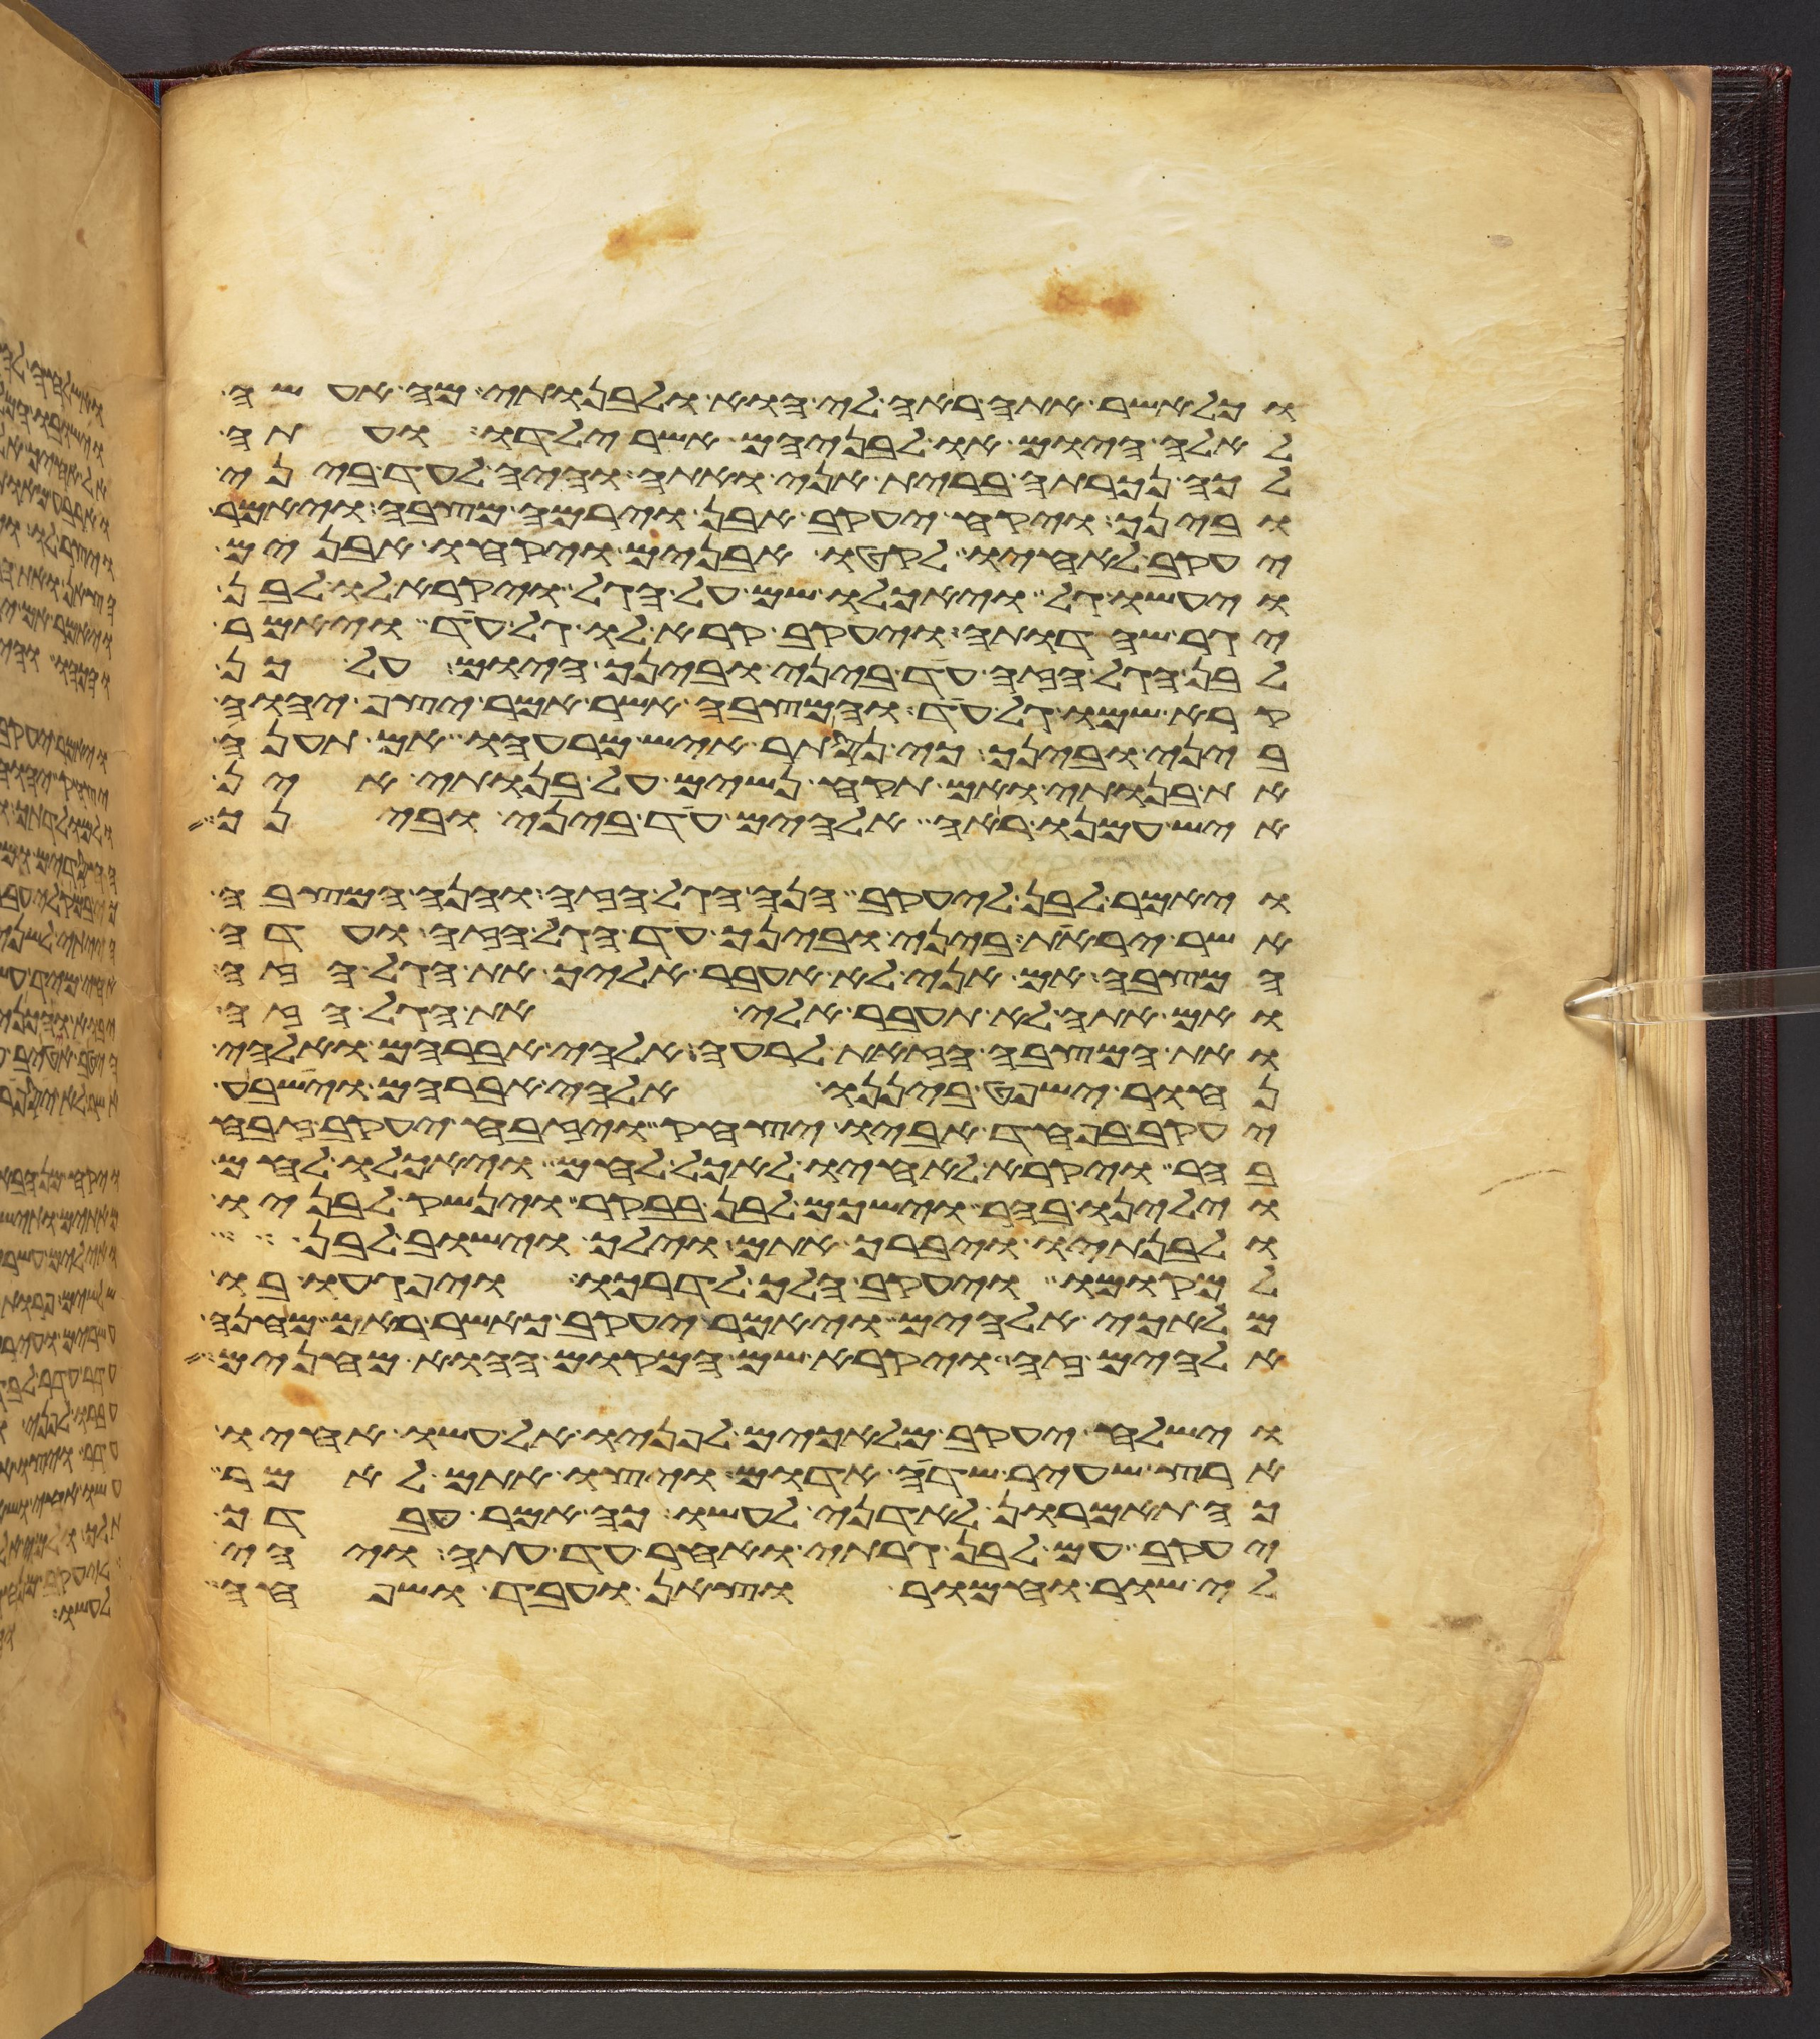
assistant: וכל אשר אתה ראה לי הוא ולבנותי מה אעשה
לאלה היום או לבניהם אשר ילדו ועתה
לכה נכרתה ברית אני ואתה והיה לעד ביני
ובינך ויקח יעקב אבן וירמה מצבה ויאמר
יעקב לאחיו לקטו אבנים ויקחו אבנים
ויעשו גל ויאכלו שם על הגל ויקרא לו לבן
יגר שהדותה ויעקב קרא לו גל עד ויאמר
לבן הגל הזה עד ביני ובינך היום על כן
קרא שמו גל עד והמצבה אשר אמר יצף יהוה
ביני ובינך כי נסתר איש מרעהו אם תענה
את בנותי ואם תקח נשים על בנותי אין
איש עמנו ראה אלהים עד ביני ובינך
ויאמר לבן ליעקב הנה הגל הזה והנה המצבה
אשר יראת ביני ובינך עד הגל הזה ועדה
המצבה אם אני לא אעבר אליך את הגל הזה
ואם אתה לא תעבר אלי את הגל הזה
ואת המצבה הזאת לרעה אלהי אברהם ואלהי
נחור ישפט ביננו אלהי אברהם וישבע
יעקב בפחד אביו יצחק ויזבח יעקב זבח
בהר ויקרא לאחיו לאכל לחם ויאכלו לחם
וילינו בהר וישכם לבן בבקר וינשק לבניו
ולבנתיו ויברך אתם וילך וישב לבן
למקומו ויעקב הלך לדרכו ויפגעו בו
מלאכי אלהים ויאמר יעקב כאשר ראם מחנה
אלהים זה ויקרא שם המקום ההוא מחנים
וישלח יעקב מלאכים לפניו אל עשו אחיו
ארץ שעיר שדה אדום ויצו אתם לאמר
כה תאמרון לאדני לעשו כה אמר עבדך
יעקב עם לבן גרתי ואחר עד עתה ויהי
לי שור וחמור וצאן ועבד ושפחה